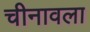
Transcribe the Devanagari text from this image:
चीनावला